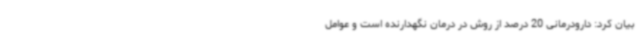
بیان کرد: دارودرمانی 20 درصد از روش در درمان نگهدارنده است و عوامل